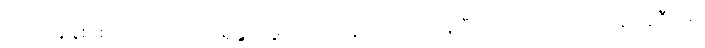
၂၀၁၁ခုနှစ် စာရင်းအရ အာရှနွယ်ဖွား ၁၈သန်းကျော် ရှိနေပြီး ဒါဟာ အမေရိကန် လူဦးရေ